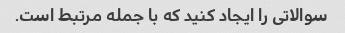
سوالاتی را ایجاد کنید که با جمله مرتبط است.